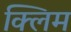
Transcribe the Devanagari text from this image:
क्लिम